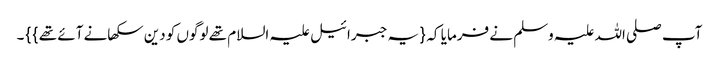
آپ صلی اللہ علیہ وسلم نے فرمایا کہ { یہ جبرائیل علیہ السلام تھے لوگوں کو دین سکھانے آئے تھے } } ۔